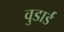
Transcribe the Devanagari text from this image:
वुडार्ड